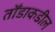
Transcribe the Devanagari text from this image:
तोँडाकडील